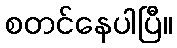
စတင်နေပါပြီ။